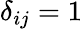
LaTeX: \delta_{ij}=1